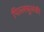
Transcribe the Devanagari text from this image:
पिल्लसुलंकी